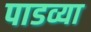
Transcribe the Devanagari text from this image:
पाडव्या